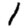
Digit: 1